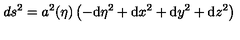
d s ^ { 2 } = a ^ { 2 } ( \eta ) \left( - \mathrm { d } \eta ^ { 2 } + \mathrm { d } x ^ { 2 } + \mathrm { d } y ^ { 2 } + \mathrm { d } z ^ { 2 } \right)